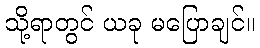
သို့ရာတွင် ယခု မပြောချင်။